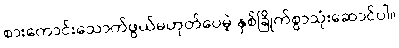
စားကောင်းသောက်ဖွယ်မဟုတ်ပေမဲ့ နှစ်ခြိုက်စွာသုံးဆောင်ပါ။